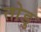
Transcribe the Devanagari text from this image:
तोडु